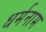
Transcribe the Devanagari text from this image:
धर्मनाम